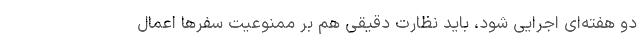
دو هفته‌ای اجرایی شود، باید نظارت دقیقی هم بر ممنوعیت سفرها اعمال